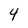
Character: 4